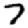
Digit: 7